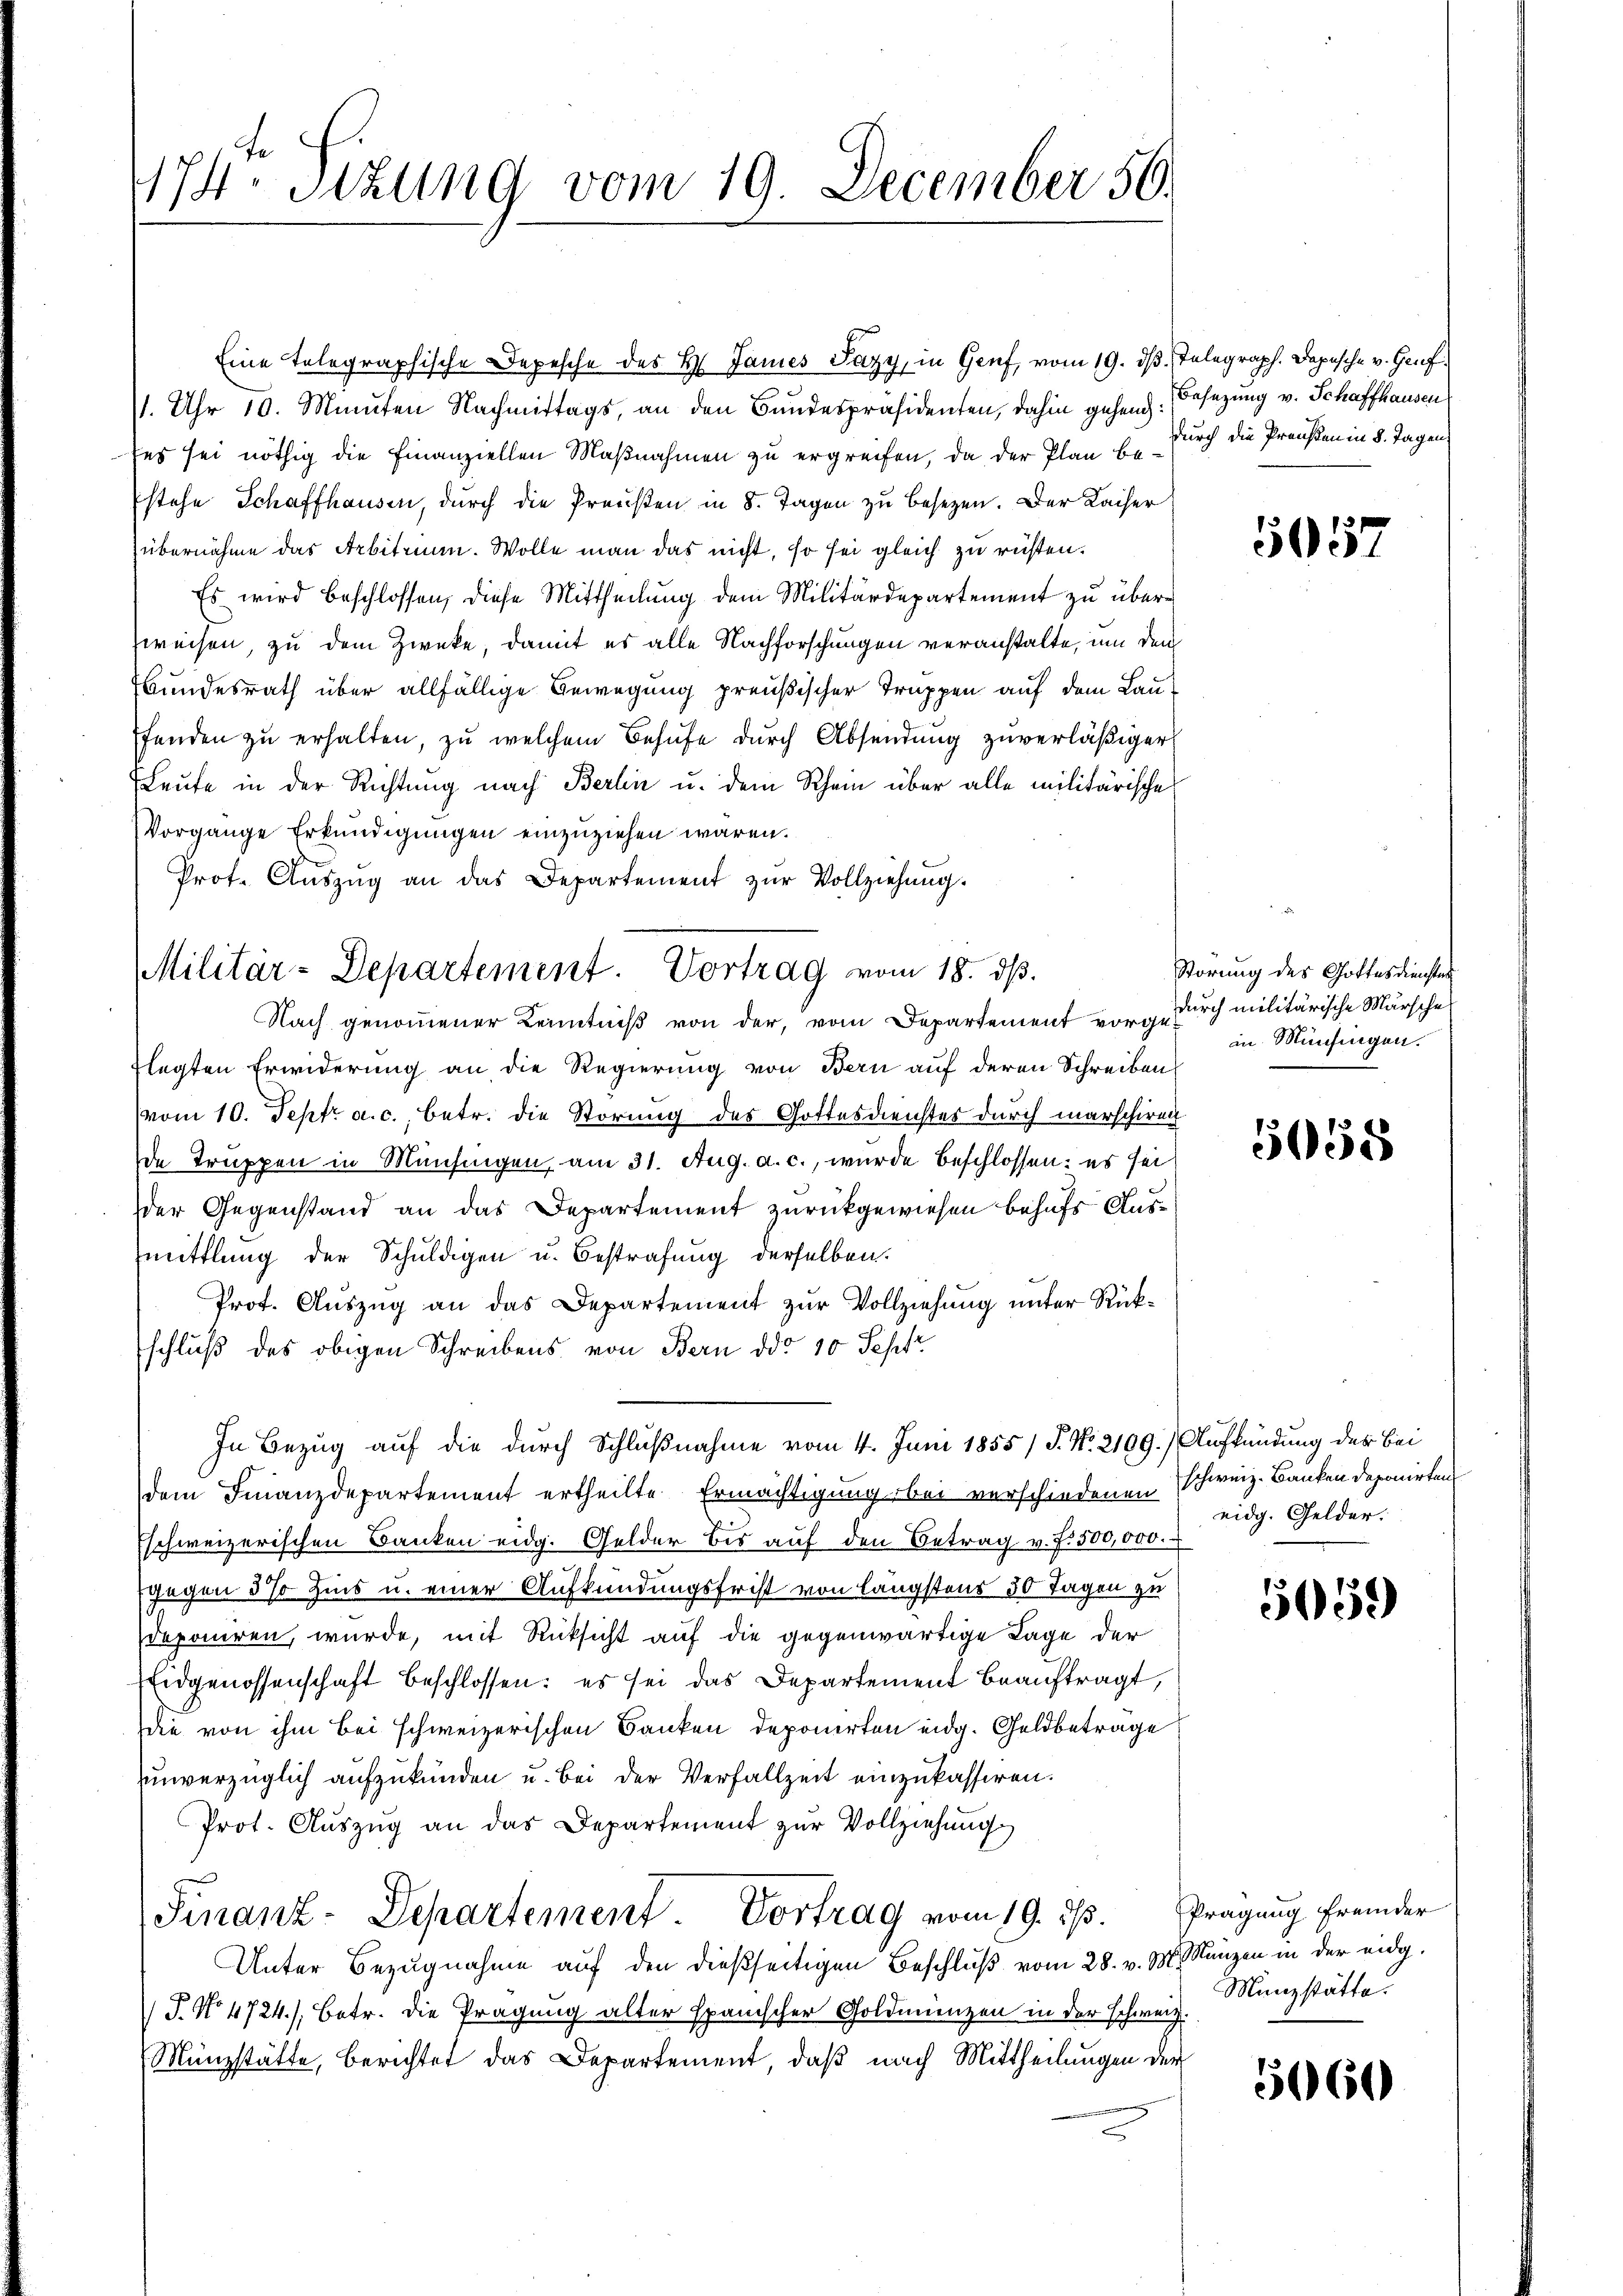
174ten Sizung vom 19. December 50.

Eine telegraphische Depesche des H. James Pazy, in Genf, vom 19. ds. Telegraph. Depesche v. Genf¬
1. Uhr 10. Minuten Nachmittags, an den Bundespräsidenten, dahin gehend. Besetzung v. Schaffhausen
ses sei nöthig die Finanziellen Maßnahmen zu ergreifen, da der Plan bestehe Schaffhausen, durch die Preußen in 8. Tagen zu besezen. Der Kaiser
übernahme das Arbitrium. Wolle man das nicht, so sei gleich zu rüsten.
Es wird beschlossen, diese Mittheilung dem Militärdepartement zu überweisen, zu dem Zwecke, damit es alle Nachforschungen veranstalte, um den
Bundesrath über allfällige Bewegung preußischer Truppen auf dem Lauffenden zu erhalten, zu welchem Behufe durch Absendung zuverläßiger
Leute in der Richtung nach Berlin u. dem Rhein über alle militärische
Vorgange Erkundigungen einzuziehen wären.
Prot. Aŭszŭg an das Departement zŭr Vollziehŭng.
Nach genommener Kenntniß von der, vom Departement vorge durch militärische Märsche
flegten Erwiderung an die Regierung von Bern auf deren Schreiben
vom 10. Sept. a. c., betr. die Störung des Gottesdienster durch marschiren
de Truppen in Münfingen, am 31. Aug. a. c., wurde beschlossen: es sei
der Gegenstand an das Departement zurückgewiesen behufs Ausmittlung der Schuldigen u. Bestrafung derselben.
Prof. Auszug an das Departement zur Vollziehung unter Rückschluß des obigen Schreibens von Bern ddo 10 Sept
In Bezug auf die durch Schlußnahme vom 4. Juni 1855/ J. No. 2109.) Aufkündung des Bei
dem Finanzdepartement ertheilte Ermächtigung bei verschiedenen schweiz. Banken deponirten
Eschweizerischen Banken eidg. Gelder bis auf den Betrag v. f. 500,000.
fgegen 5% Zins u. einer Aufkündungsfrist von längstens 50 Tagen zu
deponiren, wurde, mit Rücksicht auf die gegenwärtige Lage der
Eidgenossenschaft beschlossen: es sei das Departement beauftragt,
die von ihm bei schweizerischen Banken deponirten eidg. Geldbetrage
uunverzüglich aufzukünden u. bei der Verfallzeit einzukassiren.
Prot. Aŭszŭg an das Departement zur Vollziehung
Finanz-Departement Vortrag vom 19. 213.
Unter Bezugnahme auf den dießseitigen Beschluß vom 28. v. M. Kanzen in der eidg.
T. No. 4724.) Betr. die Prägung alter spanischer Goldmünzen in der schweiz.
Münzstätte, berichtet das Departement, daß nach Mittheilungen der

Militär-Departement. Vortrag vom 18. ds.

durch die Preußen in 8. Tagen,

5057

Störung des Gottesdienster
in Münchingen.

5058

eidg. Gelder.

5059

Prägung fremder
Münzstätte.

5060